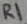
Text: R1